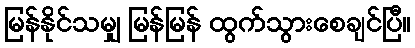
မြန်နိုင်သမျှ မြန်မြန် ထွက်သွားစေချင်ပြီ။